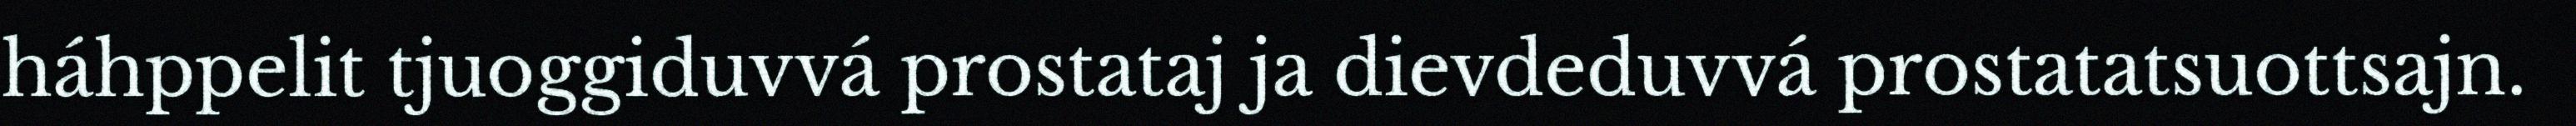
háhppelit tjuoggiduvvá prostataj ja dievdeduvvá prostatatsuottsajn.